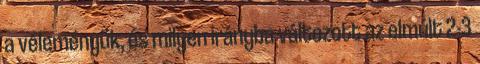
a véleményük, és milyen irányba változott az elmúlt 2-3